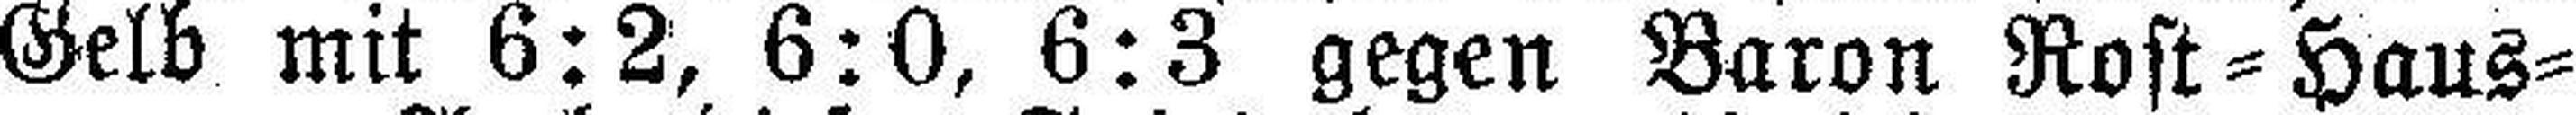
Gelb mit 6:2, 6:0, 6:3 gegen Baron Rost=Haus¬